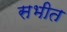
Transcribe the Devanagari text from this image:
सभीत